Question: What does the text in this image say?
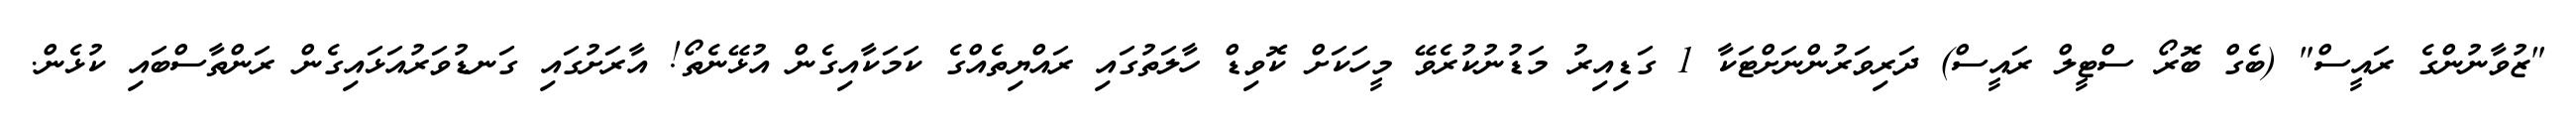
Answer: "ޒުވާނުންގެ ރައީސް" (ބެގް ބޮރޯ ސްޓީލް ރައީސް) ދަރިވަރުންނަށްޓަކާ 1 ގަޑިއިރު މަޑުނުކުރެވޭ މީހަކަށް ކޮވިޑް ހާލަތުގައި ރައްޔިތެއްގެ ކަމަކާއިގެން އުޅޭނެތޯ! އާރަށުގައި ގަނޑުވަރުއަޅައިގެން ރަންތާސްބައި ކުޅެން.